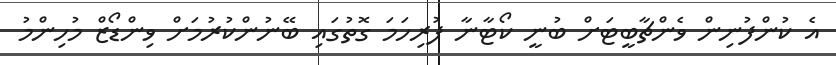
އެ ކުންފުނިން ވެންޗާބީޓަށް ބުނީ ކޯޓާނާ ފުރިހަމަ ގޮތުގައި ބޭނުންކުރުމަށް ވިންޑޯޒް މުހިންމު